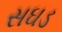
સઘડ